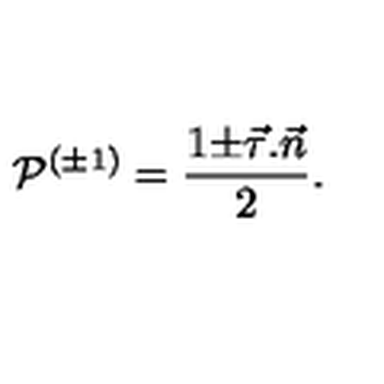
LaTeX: { \cal P } ^ { ( \pm 1 ) } = \frac { 1 { \pm } \vec { \tau } . \vec { n } } { 2 } .